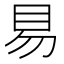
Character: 𰥓